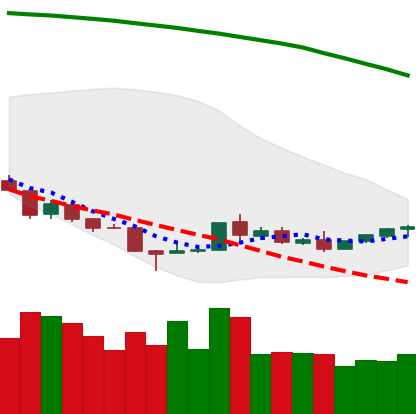
Ticker: TRX-USD
Chart end date: 2018-08-26
Forward return: 11.338%
Label: up_7plus